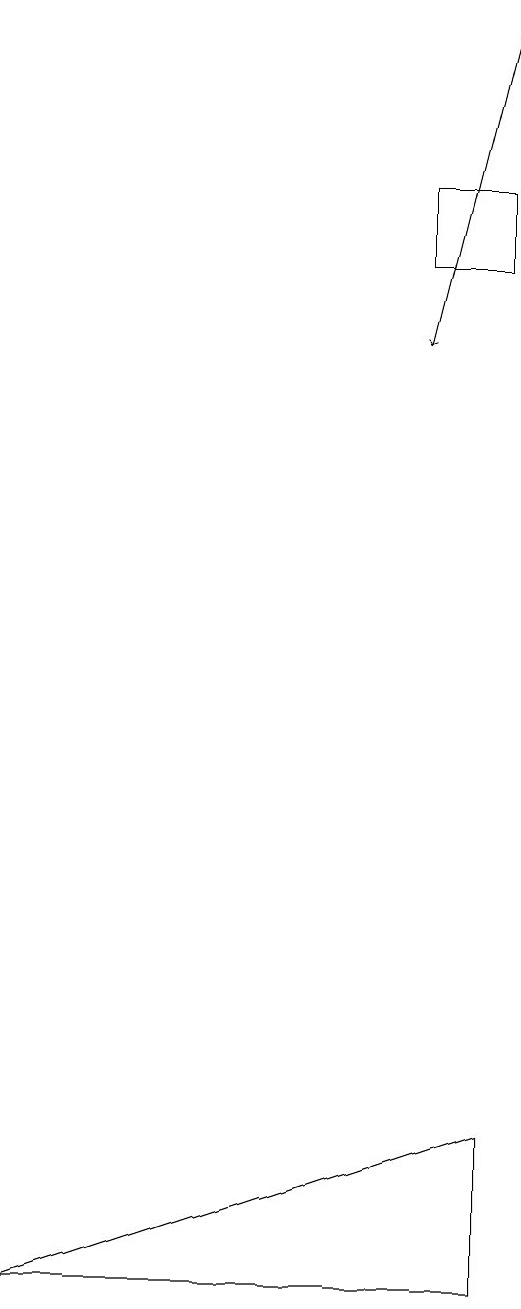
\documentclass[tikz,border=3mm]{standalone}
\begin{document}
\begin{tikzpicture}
\draw (6,15) rectangle (7,16);
\draw (7,4) -- (1,2) -- (7,2) -- cycle;
\draw[->] (7,18) -- (6,14);
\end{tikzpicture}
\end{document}